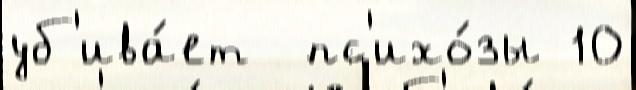
уб'ива́ет  пс'ихо́зы 10